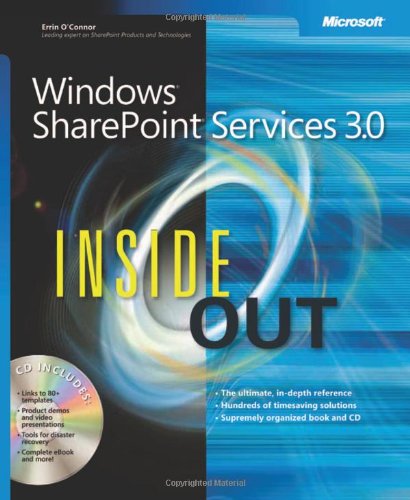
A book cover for WindowsÂ® SharePointÂ® Services 3.0 Inside Out; Errin O'Connor; Computers & Technology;